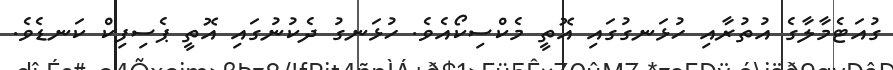
ގުއަޓެމާލާގެ އުތުރާއި ހުޅަނގުގައި އޮތީ މެކްސިކޯއެވެ. ހުޅަނގު ދެކުނުގައި އޮތީ ޕެސިފިކް ކަނޑެވެ.